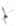
لم